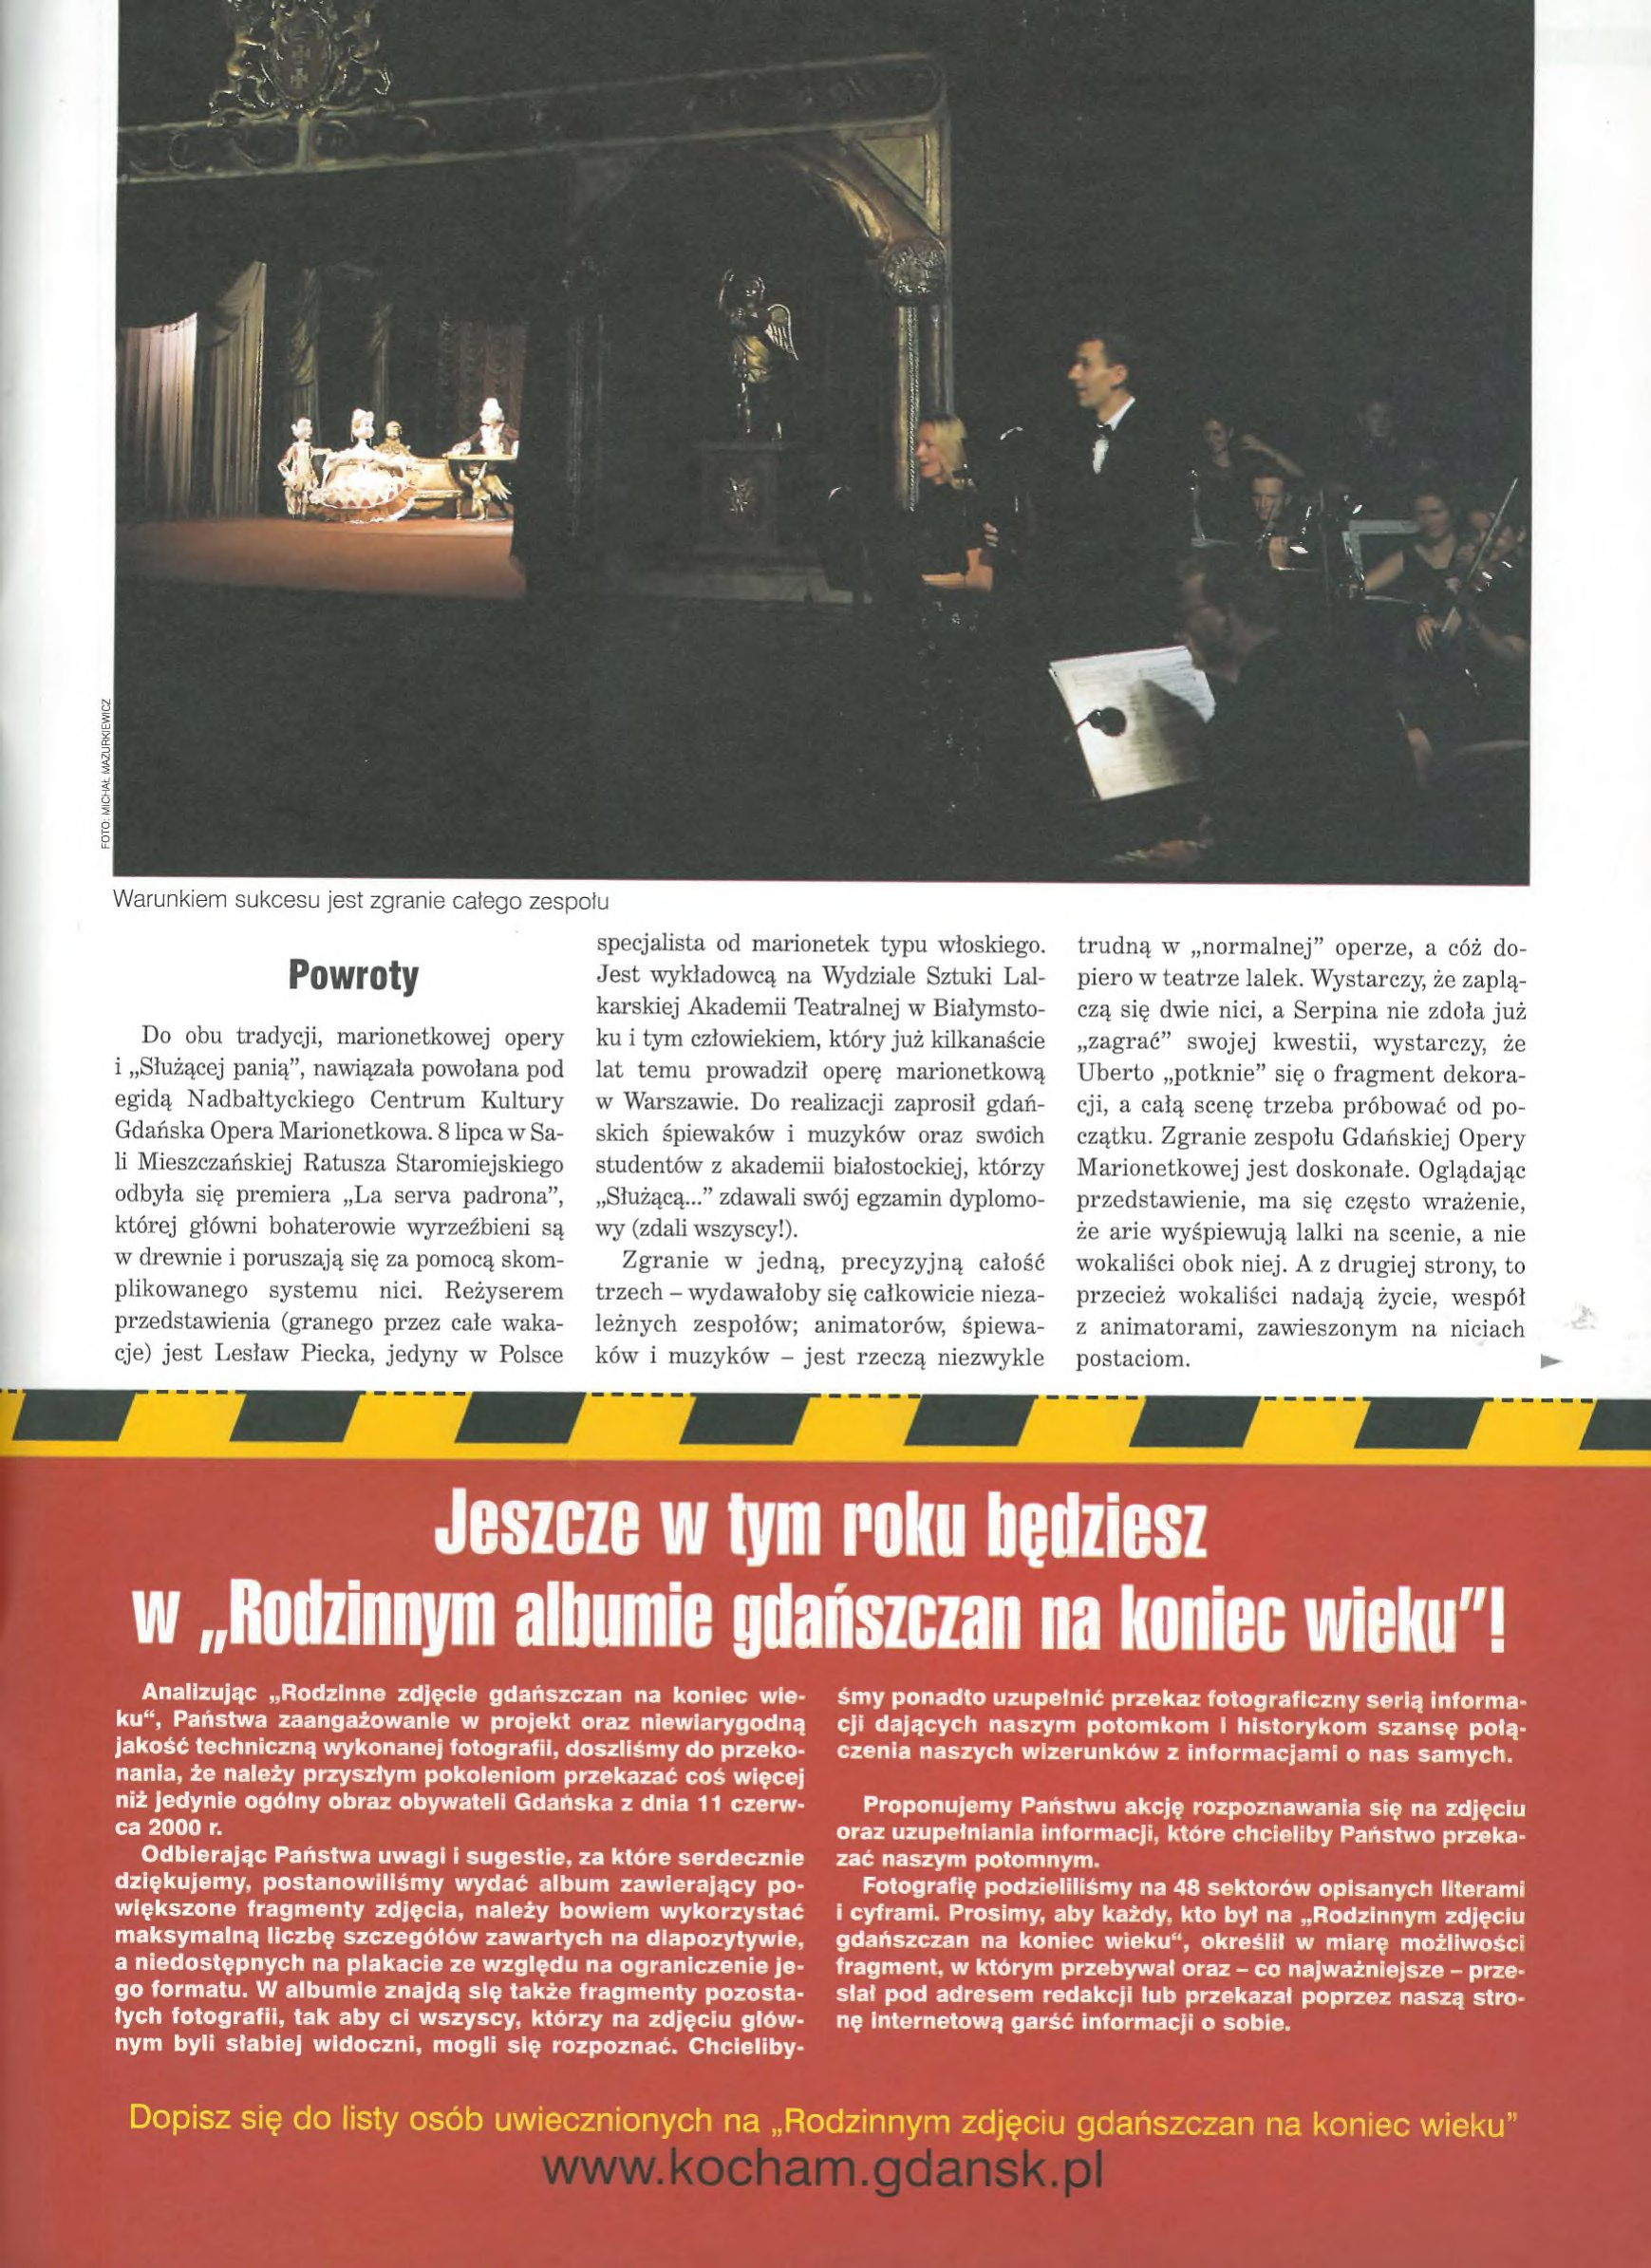
Language: pl